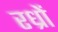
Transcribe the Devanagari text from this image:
रध्राें